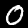
Label: 0